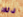
ذلك